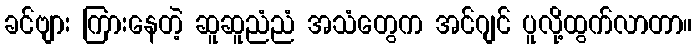
ခင်ဗျား ကြားနေတဲ့ ဆူဆူညံညံ အသံတွေက အင်ဂျင် ပူလို့ထွက်လာတာ။